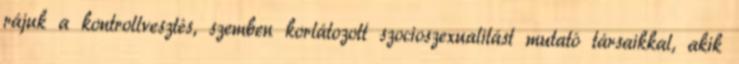
rájuk a kontrollvesztés, szemben korlátozott szocioszexualitást mutató társaikkal, akik